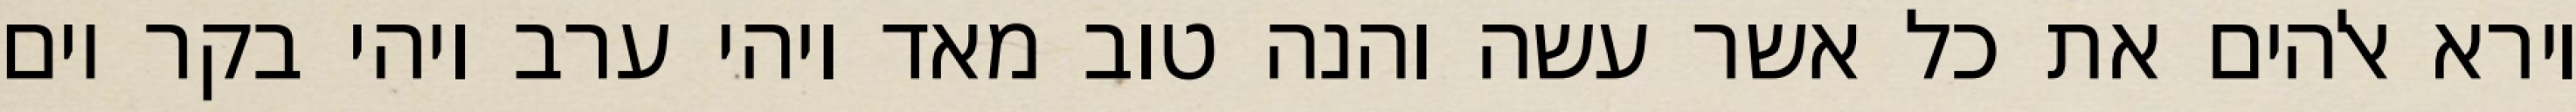
וירא אלהים את כל אשר עשה והנה טוב מאד ויהי ערב ויהי בקר יום